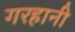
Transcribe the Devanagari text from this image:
गरहानी